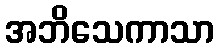
အဘိသေကာသာ